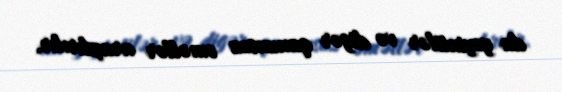
da yeyintilər və digər qanunsuz əməllər araşdırılır.